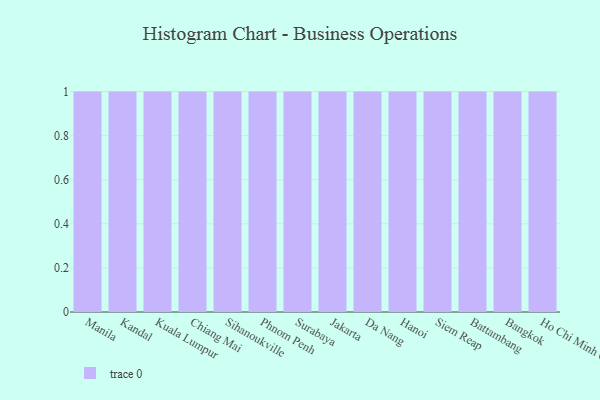
{"axis": {"x": "City", "y": "Net Income (USD K)"}, "legend": [""], "data": [{"x": "Manila", "y": 9, "type": ""}, {"x": "Kandal", "y": 34, "type": ""}, {"x": "Kuala Lumpur", "y": 95, "type": ""}, {"x": "Chiang Mai", "y": 30, "type": ""}, {"x": "Sihanoukville", "y": 29, "type": ""}, {"x": "Phnom Penh", "y": 56, "type": ""}, {"x": "Surabaya", "y": 76, "type": ""}, {"x": "Jakarta", "y": 41, "type": ""}, {"x": "Da Nang", "y": 12, "type": ""}, {"x": "Hanoi", "y": 26, "type": ""}, {"x": "Siem Reap", "y": 44, "type": ""}, {"x": "Battambang", "y": 25, "type": ""}, {"x": "Bangkok", "y": 38, "type": ""}, {"x": "Ho Chi Minh City", "y": 29, "type": ""}]}